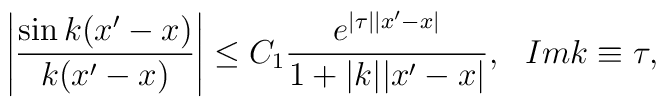
\left|\frac{\sin k(x'-x)}{k(x'-x)}\right |\leq C_1\frac{e^{|\tau||x'-x|}}{1+|k||x'-x|}, ~~Im k\equiv \tau,